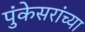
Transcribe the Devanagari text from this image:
पुंकेसरांच्या